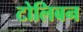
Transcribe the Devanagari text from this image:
टोलिबन